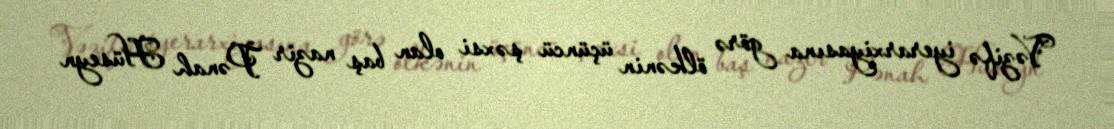
Vəzifə iyerarxiyasına görə ölkənin üçüncü şəxsi olan baş nazir Pənah Hüseyn